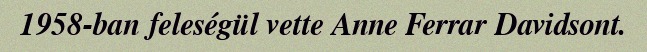
1958-ban feleségül vette Anne Ferrar Davidsont.